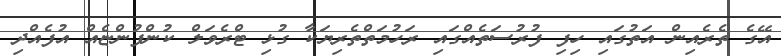
އޭގެ ތެރެއިން އަތުގައި ހިފި ފުރުސަތެއްގައި ރަހުމަތްތެރިޔަކާ ގުޅި ޓްރެވަލް ކުންފުންޏެއް އުފެއްދި